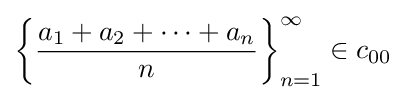
\left\{{\frac {a_{1}+a_{2}+\cdots +a_{n}}{n}}\right\}_{n=1}^{\infty }\in c_{00}